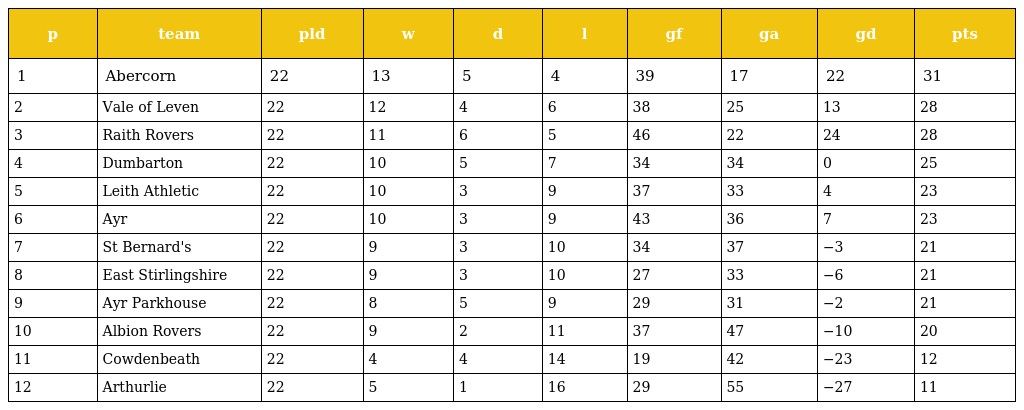
| p | team | pld | w | d | l | gf | ga | gd | pts |
 | --- | --- | --- | --- | --- | --- | --- | --- | --- | --- |
 | 1 | Abercorn | 22 | 13 | 5 | 4 | 39 | 17 | 22 | 31 |
 | 2 | Vale of Leven | 22 | 12 | 4 | 6 | 38 | 25 | 13 | 28 |
 | 3 | Raith Rovers | 22 | 11 | 6 | 5 | 46 | 22 | 24 | 28 |
 | 4 | Dumbarton | 22 | 10 | 5 | 7 | 34 | 34 | 0 | 25 |
 | 5 | Leith Athletic | 22 | 10 | 3 | 9 | 37 | 33 | 4 | 23 |
 | 6 | Ayr | 22 | 10 | 3 | 9 | 43 | 36 | 7 | 23 |
 | 7 | St Bernard's | 22 | 9 | 3 | 10 | 34 | 37 | −3 | 21 |
 | 8 | East Stirlingshire | 22 | 9 | 3 | 10 | 27 | 33 | −6 | 21 |
 | 9 | Ayr Parkhouse | 22 | 8 | 5 | 9 | 29 | 31 | −2 | 21 |
 | 10 | Albion Rovers | 22 | 9 | 2 | 11 | 37 | 47 | −10 | 20 |
 | 11 | Cowdenbeath | 22 | 4 | 4 | 14 | 19 | 42 | −23 | 12 |
 | 12 | Arthurlie | 22 | 5 | 1 | 16 | 29 | 55 | −27 | 11 |